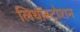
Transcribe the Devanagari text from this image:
लिथॉस्ट्रोशन